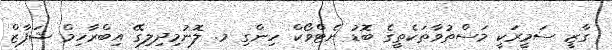
ގާޒީ ސަމީރަކީ މަސްތުވާތަކެތީގެ ބޮޑު ނެޓްވޯކް ހިންގި މ. ލޮނުމިދިލިގޭ އިބްރާހިމް ޝަފާޒް